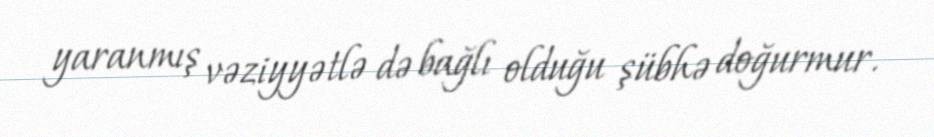
yaranmış vəziyyətlə də bağlı olduğu şübhə doğurmur.